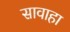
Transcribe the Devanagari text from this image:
सावाहा